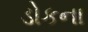
ડોકના